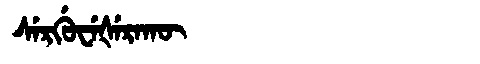
Manchu: ᠰᡝᡵᡤᡠᠸᡝᡧᡝᡵᠠᡴᡡ
Romanization: SERGUWEŠERAKŪ